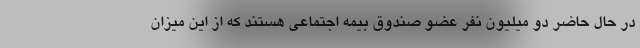
در حال حاضر دو میلیون نفر عضو صندوق بیمه اجتماعی هستند که از این میزان